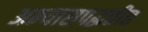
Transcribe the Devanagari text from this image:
अभ्यासपद्धतीत